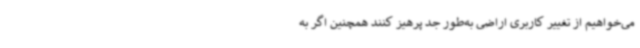
می‌خواهیم از تغییر کاربری اراضی به‌طور جد پرهیز کنند همچنین اگر به